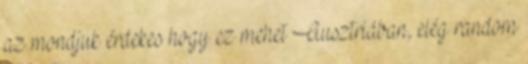
az mondjuk érdekes hogy ez mehet Ausztriában, elég random